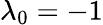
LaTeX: \lambda_{0}=-1